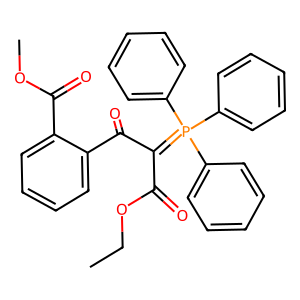
SMILES: CCOC(=O)C(C(=O)c1ccccc1C(=O)OC)=P(c1ccccc1)(c1ccccc1)c1ccccc1
Inhibits HIV replication: Yes